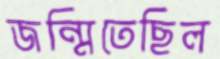
জন্মিতেছিল